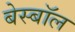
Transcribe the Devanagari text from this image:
बेस्बॉल